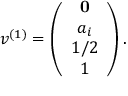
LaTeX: v ^ { ( 1 ) } = \left( \begin{array} { c c c } { { { \bf 0 } } } \\ { { a _ { i } } } \\ { { 1 / 2 } } \\ { { 1 } } \end{array} \right) .